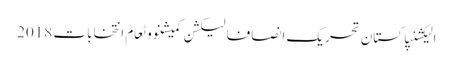
الیکشنپاکستان تحریک انصافالیکشن کمیشنووٹعام انتخابات 2018